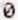
0